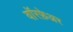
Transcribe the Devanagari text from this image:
वॉरफ़ेअर